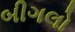
બીગલો